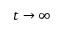
t \rightarrow \infty